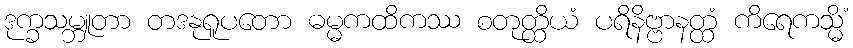
ဒုက္ခသမ္ဘူတာ တဒနုရူပတော ဓမ္မကထိကဿ စတုတ္ထိယံ ပရိနိဗ္ဗာနတ္ထံ ကိရေကသ္မိံ